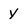
Character: y